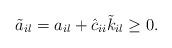
LaTeX: \begin{align*} \tilde{a}_{il}=a_{il}+\hat{c}_{ii}\Tilde{k}_{il}\geq 0.\end{align*}